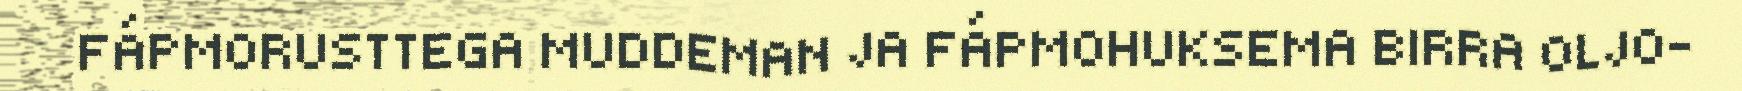
FÁPMORUSTTEGA MUDDEMAN JA FÁPMOHUKSEMA BIRRA OLJO-